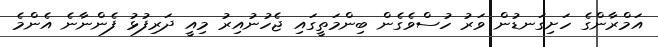
އަމްރާންގެ ހަށިގަނޑުން ވަރު ހުސްވެގެން ބިންމަތީގައި ޖެހުނުއިރު މިއީ ދަރިފުޅު ފެންނާނެ އެންމެ